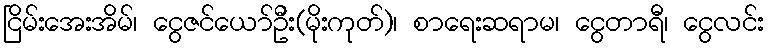
ငြိမ်းအေးအိမ်၊ ငွေဇင်ယော်ဦး(မိုးကုတ်)၊ စာရေးဆရာမ၊ ငွေတာရီ၊ ငွေလင်း